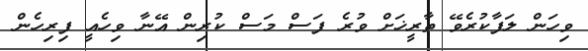
ވިހަން ލަފާކުރެވޭ ތާރީޚަށް ވުރެ ފަސް މަސް ކުރިން އޭނާ ވިހެއީ ފިރިހެން